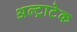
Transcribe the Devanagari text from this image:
अल्‍ट्राटेक